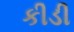
કીડી